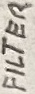
Text: FILTER